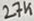
Text: 27K